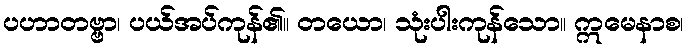
ပဟာတဗ္ဗာ၊ ပယ်အပ်ကုန်၏။ တယော၊ သုံးပါးကုန်သော။ ဣမေနာစ၊